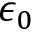
\epsilon _ { 0 }